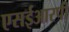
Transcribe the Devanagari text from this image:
एसईआरपी